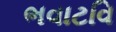
ભવાટવિ